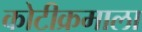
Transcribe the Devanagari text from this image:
कोटीक्रमाला